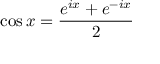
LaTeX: \cos x = { \frac { e ^ { i x } + e ^ { - i x } } { 2 } }